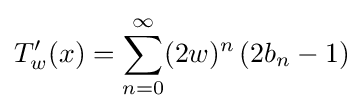
T_{w}^{\prime }(x)=\sum _{n=0}^{\infty }(2w)^{n}\,(2b_{n}-1)